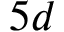
5 d